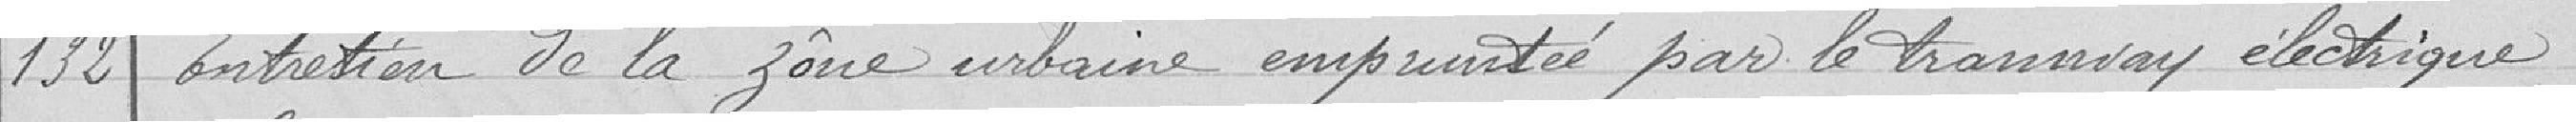
132 Entretien de la zone urbaine empruntée par le tramway électrique